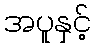
အပူနှင့်